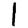
Digit: 1